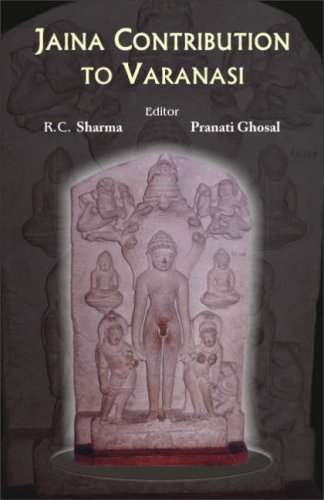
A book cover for Jaina Contribution to Varanasi; RC Sharma; Religion & Spirituality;